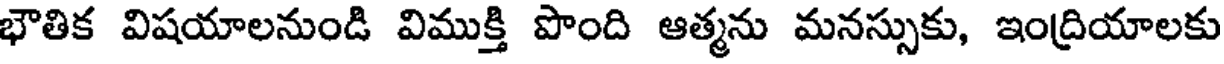
భౌతిక విషయాలనుండి విముక్తి పొంది ఆత్మను మనస్సుకు, ఇంద్రియాలకు